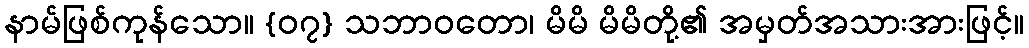
နာမ်ဖြစ်ကုန်သော။ {၀၇} သဘာဝတော၊ မိမိ မိမိတို့၏ အမှတ်အသားအားဖြင့်။